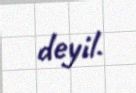
deyil.